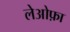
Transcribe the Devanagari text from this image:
लेओफ़ा